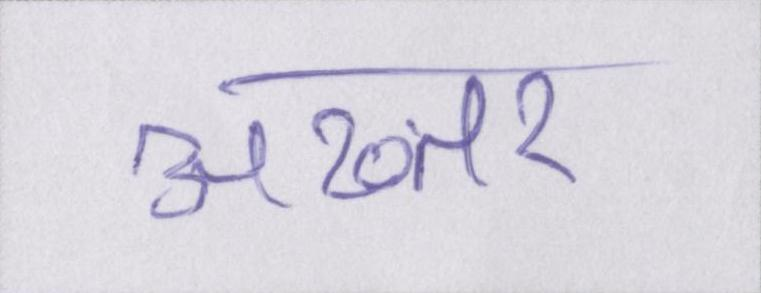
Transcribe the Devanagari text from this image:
अख्तर